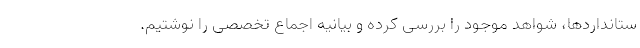
ستانداردها، شواهد موجود را بررسی کرده و بیانیه اجماع تخصصی را نوشتیم.